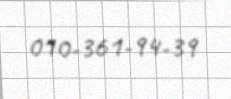
010-361-94-39